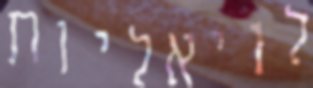
לויאליות